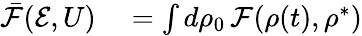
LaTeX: \begin{array}{rl}{\bar{\mathcal F}(\mathcal{E},U)}&{{}=\int d\rho_{0}\, \mathcal{F}({\rho(t)},\rho^{*})}\end{array}